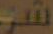
شر